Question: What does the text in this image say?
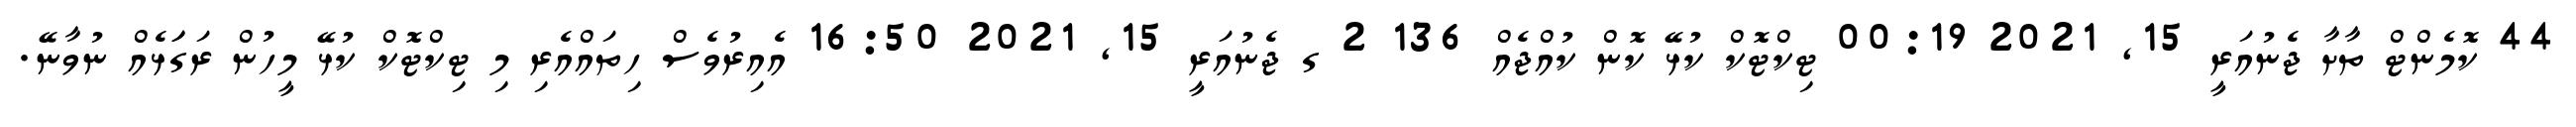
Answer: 44 ކޮމެންޓް ތާށާ ޖެނުއަރީ 15, 2021 00:19 ޓިކްޓޮކް ކުޅޭ ކޮން ކުއްޖެއް 136 2 ގ ޖެނުއަރީ 15, 2021 16:50 އެއިރުވެސް ހިތައްއެރި މި ޓިކްޓޮކް ކުޅޭ މީހުން ރަގަަޅެއް ނުވާނޭ.